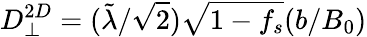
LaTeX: D_{\perp}^{2D}=(\tilde{\lambda}/\sqrt{2})\sqrt{1-f_{s}}(b/B_{0})